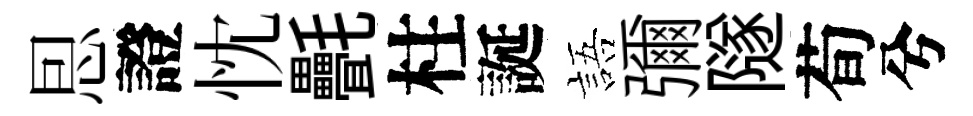
㤙證忱㲲柱誕語彌隧荀兮